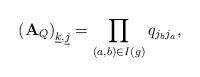
LaTeX: \begin{align*} \left( {\mathbf{A}}_{Q} \right)_{\underline{k},\underline{j}} = \prod_{(a,b)\in I(g)} q_{j_{b}j_{a}},\end{align*}